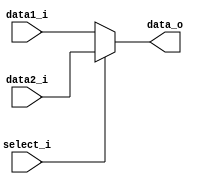
module MUX3(
	data1_i,
	data2_i,
	select_i,
	data_o
);

input [2:0] data1_i, data2_i;
input select_i;
output[2:0] data_o;

assign data_o = select_i ? data2_i : data1_i ;

endmodule